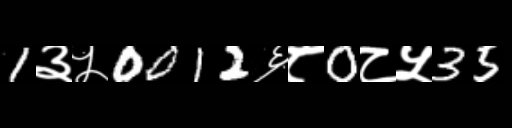
Text: 1३५0012६८0८५35